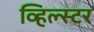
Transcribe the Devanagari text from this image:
व्हिल्स्टर